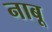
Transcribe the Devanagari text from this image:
नाबू